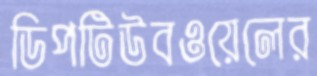
ডিপটিউবওয়েলের